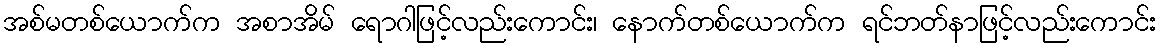
အစ်မတစ်ယောက်က အစာအိမ် ရောဂါဖြင့်လည်းကောင်း၊ နောက်တစ်ယောက်က ရင်ဘတ်နာဖြင့်လည်းကောင်း